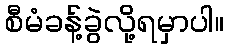
စီမံခန့်ခွဲလို့ရမှာပါ။